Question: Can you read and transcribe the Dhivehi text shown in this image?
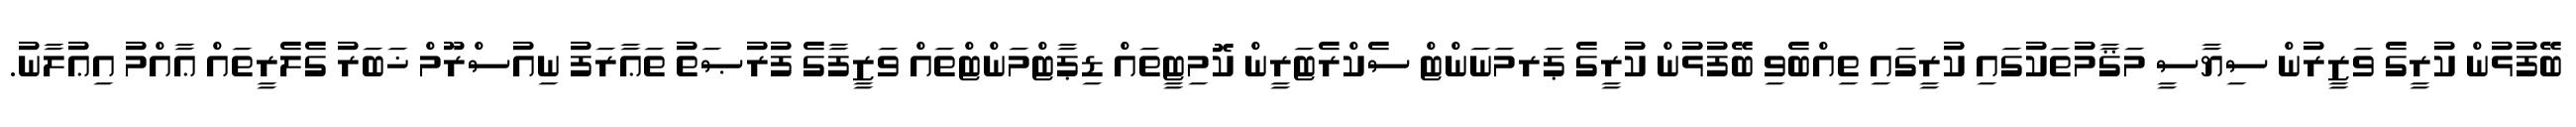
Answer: ބޭފުޅުން ކުރީގެ ވަޒީރުން ސިޔާސީ މަޤާމުތަކުގައި ކުރީގައި ތިއްބެވި ބޭފުޅުން ކުރީގެ ޕަރމަނަންޓް ސެކްރެޓަރީން ކޮމިޓީތައް ޑިޕާޓްމަންޓްތައް ވަޒީފާގެ ފުރުޞަތު ތަޢާރަފު ނިއުސްރޫމް ޚަބަރު ގެލެރީތައް ޢާއްމު އިޢުލާނު.